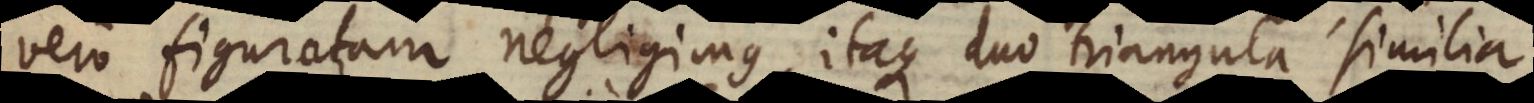
vero figuratam negligimus, itaque duo triangula similia